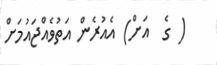
( ގެ  އަށް) އެއުރެން އަތުވެއްޖައުމަށް